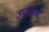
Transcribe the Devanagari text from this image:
उपखेल